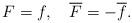
LaTeX: \begin{align*}F=f,\quad \overline F=-\overline f.\end{align*}